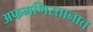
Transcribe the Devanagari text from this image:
अफगणिस्तानात